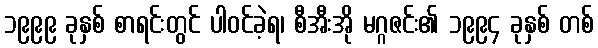
၁၉၉၉ ခုနှစ် စာရင်းတွင် ပါဝင်ခဲ့ရ၊ စီအီးအို မဂ္ဂဇင်း၏ ၁၉၉၄ ခုနှစ် တစ်